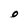
Character: O